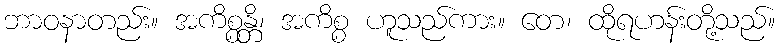
ဘာဝနာတည်း။ အကိစ္စန္တိ၊ အကိစ္စ ဟူသည်ကား။ တေ၊ ထိုရဟန်းတို့သည်။